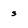
Character: s